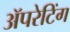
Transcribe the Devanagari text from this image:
ॲपरेटिंग